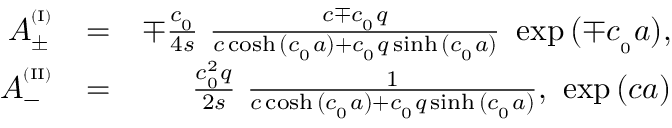
\begin{array} { r l r } { A _ { \pm } ^ { ^ { ( \mathrm { I } ) } } } & { = } & { \mp \frac { c _ { _ 0 } } { 4 s } \ \frac { c \mp c _ { _ 0 } q } { c \cosh { ( c _ { _ 0 } a ) } + c _ { _ 0 } q \sinh { ( c _ { _ 0 } a ) } } \ \exp { ( \mp c _ { _ 0 } a ) } , } \\ { A _ { - } ^ { ^ { ( \mathrm { I I } ) } } } & { = } & { \frac { c _ { _ 0 } ^ { 2 } q } { 2 s } \ \frac { 1 } { c \cosh { ( c _ { _ 0 } a ) } + c _ { _ 0 } q \sinh { ( c _ { _ 0 } a ) } } , \ \exp { ( c a ) } } \end{array}